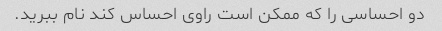
دو احساسی را که ممکن است راوی احساس کند نام ببرید.